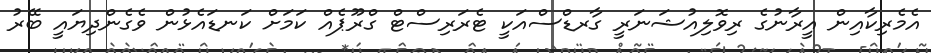
އެމެރިކާއިން އީރާނުގެ ރިވޮލިއުޝަނަރީ ގާރޑްސްއަކީ ޓެރަރިސްޓް ގްރޫޕެއް ކަމަށް ކަނޑައެޅުން ވެގެންދިޔައީ ބޭރު